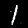
Digit: 1